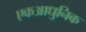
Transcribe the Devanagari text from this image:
एकआधुनिक